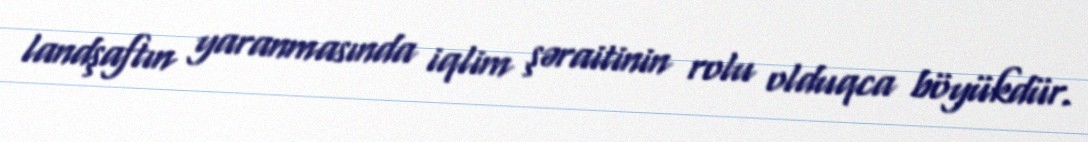
landşaftın yaranmasında iqlim şəraitinin rolu olduqca böyükdür.